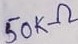
Text: 50KΩ